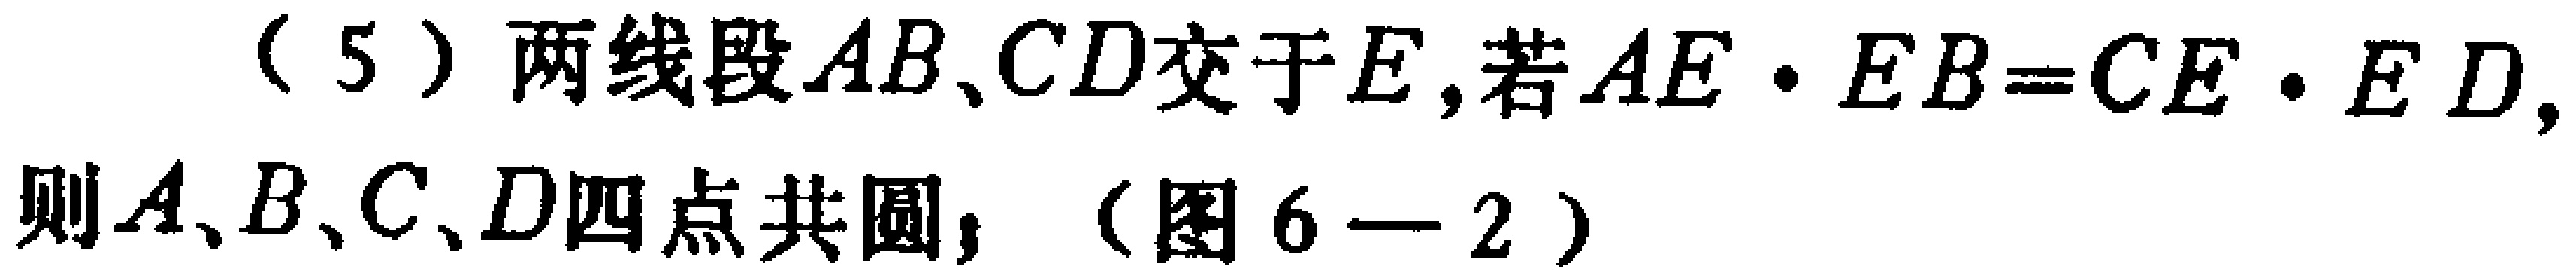
(5) 两线段 \(AB、CD\) 交于 \(E\)，若 \(AE\cdot EB = CE\cdot ED\)，则 \(A、B、C、D\) 四点共圆，（图6—2）